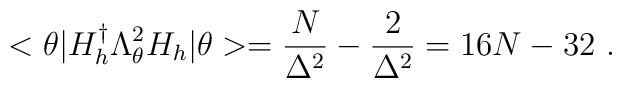
<\theta|H_{h}^{\dag}\Lambda_{\theta}^{2}H_{h}|\theta>=\frac{N}{\Delta^{2}}-\frac{2}{\Delta^{2}}=16N-32\ .